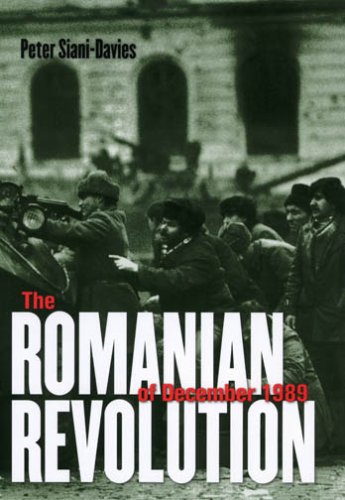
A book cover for The Romanian Revolution of December 1989; Peter Siani-Davies; History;